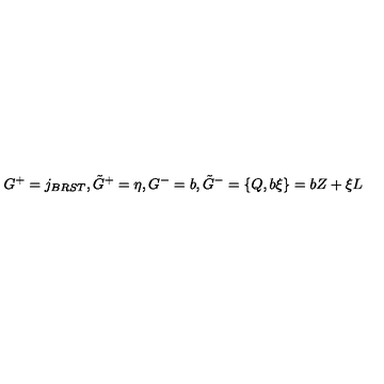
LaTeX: G ^ { + } = j _ { B R S T } , \tilde { G } ^ { + } = \eta , G ^ { - } = b , \tilde { G } ^ { - } = \{ Q , b \xi \} = b Z + \xi L